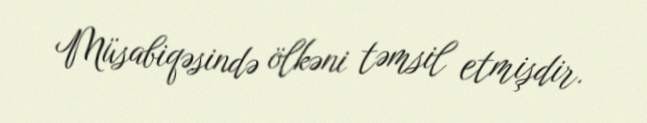
Müsabiqəsində ölkəni təmsil etmişdir.